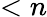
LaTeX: <n